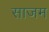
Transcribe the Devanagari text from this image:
साजम